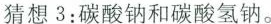
猜想3：碳酸钠和碳酸氢钠。